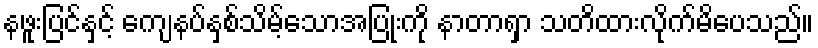
နဖူးပြင်နှင့် ကျေနပ်နှစ်သိမ့်သောအပြုံးကို နာတာရှာ သတိထားလိုက်မိပေသည်။